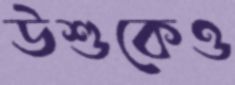
উশুকেও